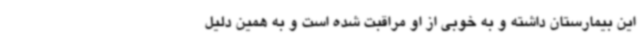
این بیمارستان داشته و به خوبی از او مراقبت شده است و به همین دلیل